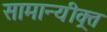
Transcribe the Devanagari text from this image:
सामान्यीक्र्त